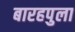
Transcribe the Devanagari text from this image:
बारहपुला